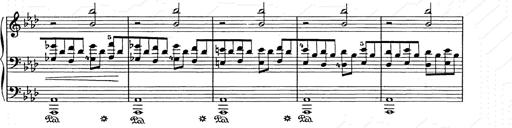
Title: Weihnachtsbaum
Composer: Franz Liszt